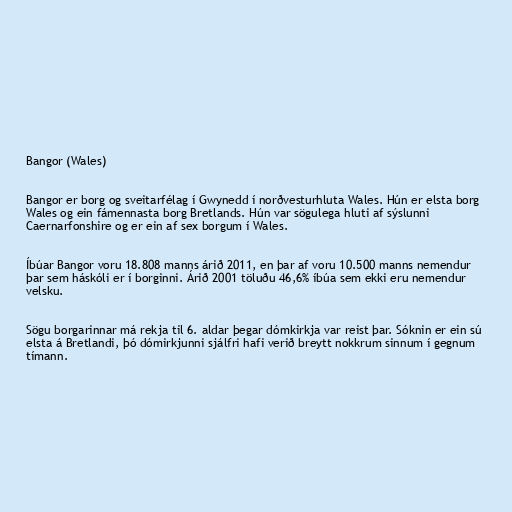
Bangor (Wales)

Bangor er borg og sveitarfélag í Gwynedd í norðvesturhluta Wales. Hún er elsta borg
Wales og ein fámennasta borg Bretlands. Hún var sögulega hluti af sýslunni
Caernarfonshire og er ein af sex borgum í Wales.

Íbúar Bangor voru 18.808 manns árið 2011, en þar af voru 10.500 manns nemendur
þar sem háskóli er í borginni. Árið 2001 töluðu 46,6% íbúa sem ekki eru nemendur
velsku.

Sögu borgarinnar má rekja til 6. aldar þegar dómkirkja var reist þar. Sóknin er ein sú
elsta á Bretlandi, þó dómirkjunni sjálfri hafi verið breytt nokkrum sinnum í gegnum
tímann.